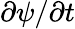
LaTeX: \partial\psi/\partial t